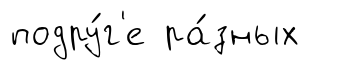
подру́г'е ра́зных